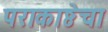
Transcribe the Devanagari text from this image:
पराकाष्ठेचा